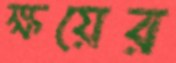
ক্ষয়ের